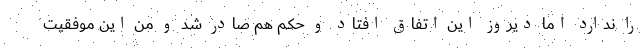
را ندارد اما دیروز این اتفاق افتاد و حکم هم صادر شد و من این موفقیت